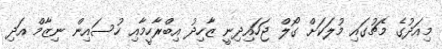
މިއަދުގެ މެޗުގައި މުލަކަށް ގޯލް ޖަހައިދިނީ ޒާހިދު އިބްރާހީމާއި ހުސައިން ނިޒާމް އަދި